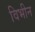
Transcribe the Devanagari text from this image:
विभीन